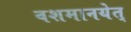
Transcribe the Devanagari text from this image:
वशमानयेत्